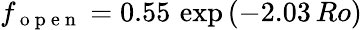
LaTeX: f_{\mathrm{~o~p~e~n~}}=0.55\, \exp\left(-2.03\, Ro\right)